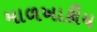
માળખાકીય